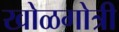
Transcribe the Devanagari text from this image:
खोळगोत्री